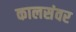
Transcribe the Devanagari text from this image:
कालसंवर